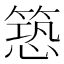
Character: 𮅱